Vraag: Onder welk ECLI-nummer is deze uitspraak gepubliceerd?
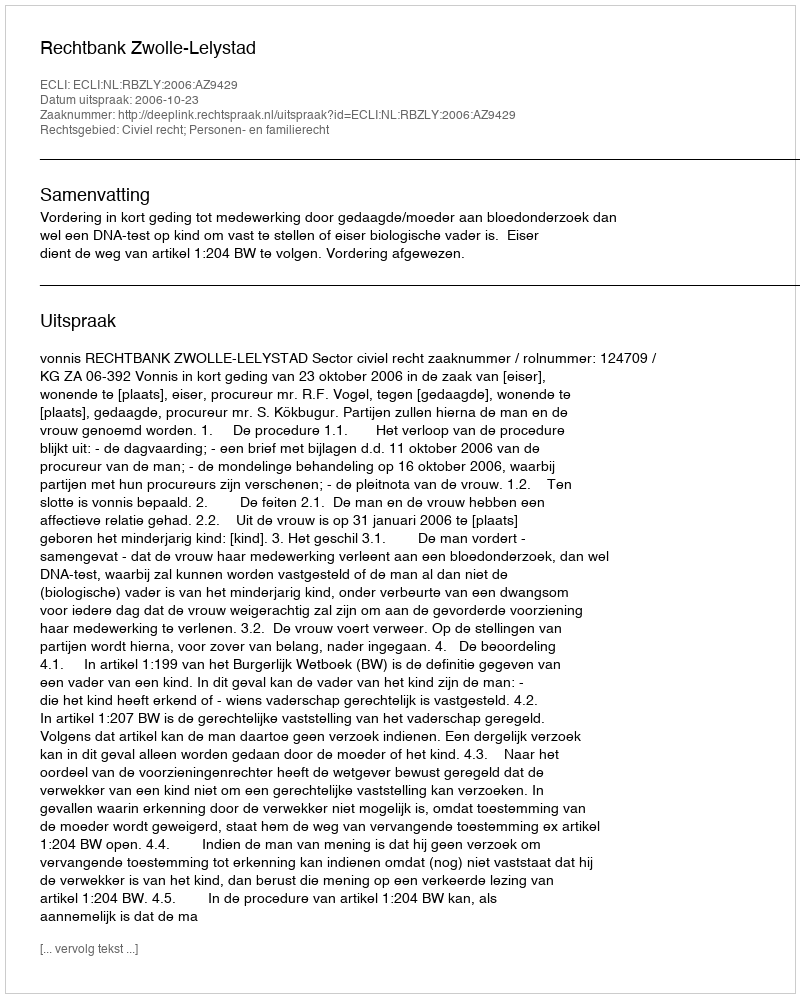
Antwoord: ECLI:NL:RBZLY:2006:AZ9429